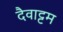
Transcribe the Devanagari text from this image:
दैवाट्टम